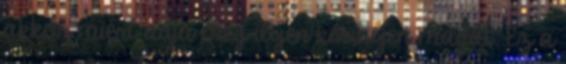
akkor miért adja meg ilyen könnyen magát. Ez a